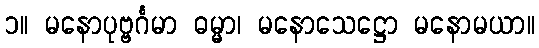
၁။ မနောပုဗ္ဗင်္ဂမာ ဓမ္မာ၊ မနောသေဋ္ဌော မနောမယာ။